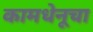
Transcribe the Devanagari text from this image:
कामधेनूचा